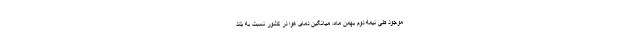
موجود طی نیمه دوم بهمن ماه، میانگین دمای هوا در کشور نسبت به بلند